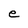
Character: e